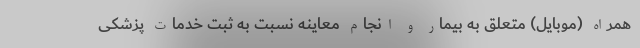
همراه (موبایل) متعلق به بیمار و انجام معاینه نسبت به ثبت خدمات پزشکی